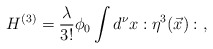
\begin{align*}H^{(3)}={\lambda\over {3!}} \phi_0 \int d^{\nu} x : {\eta}^3(\vec{x}) : \; ,\end{align*}